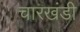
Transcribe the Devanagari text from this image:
चारखंडी